Annual administration report of the Civil Veterinary Department of India - 1908-1909
Year: 1908
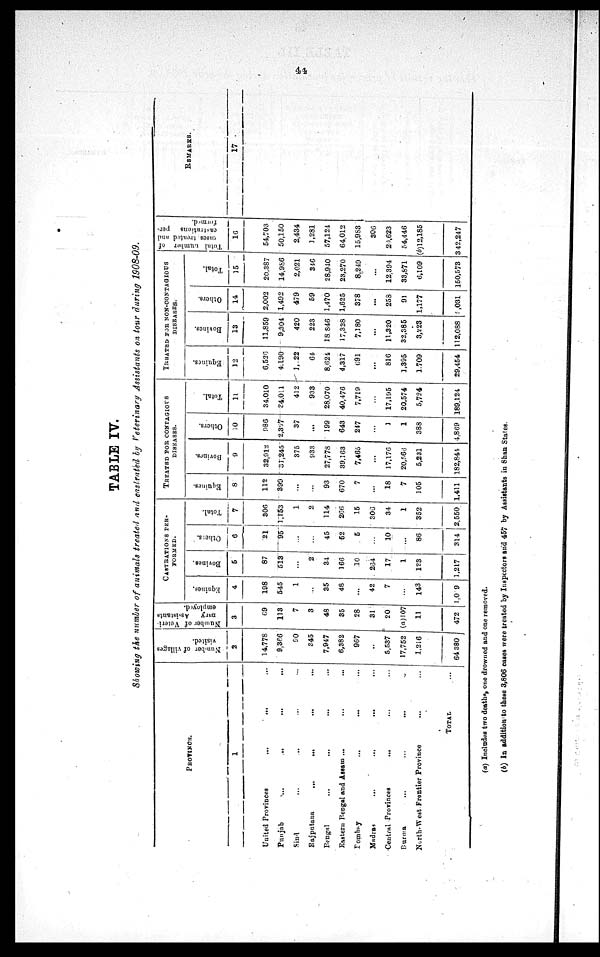
44
TABLE IV.
Showing the number of animals treated and castrated by Veterinary Assistants on tour during 1908-09.
PROVINCE.
1
United Provinces
...
...
...
Punjab
...
...
Sind ... ... ... ...
Rajputana
...
...
... ...
Bengal ... ... ... ...
Eastern Bengal and Assam ... ... ...
Bombay ... ... ... ...
Madras
...
...
...
...
Central Provinces
... ... ... ...
Burma ... ... ...
North-West Frontier Province ... ...
TOTAL ...
Number
of villages
visited.
2
14,778
9,366
90
345
7,947
6,382
967
..
5,537
17,752
1,216
64 880
Number of Veteri-
nary
Assistants
employed.
3
69
113
7
3
48
35
28
31
20
(a)107
11
472
CASTRATIONS PER-
FORMED.
Equines.
4
198
545
1
...
35
48
...
42
7
...
143
1,019
Bovines.
5
87
513
...
2
31
166
10
234
17
1
123
1,217
Others.
6
21
95
...
...
45
52
5
...
10
...
86
314
Total.
7
306
1,153
1
2
114
26
15
306
34
1
352
2,550
TREATED FOR CONTAGIOUS
DISEASES.
Equines.
8
112
399
...
...
93
670
7
...
18
7
105
1,411
Bovines.
9
32,912
37,245
375
933
27,778
39,163
7,465
...
17,176
20,566
5,231
182,844
Others.
10
986
2,367
37
...
199
643
247
...
1
1
388
4,869
Total.
11
34,010
34,011
412
933
28,070
40,476
7,719
...
17,195
20,574
5,724
189,124
TREATED FOR NON-CONTAGIOUS
DISEASES.
Equines.
12
6,526
4,190
1, 22
64
8,624
4,317
691
...
816
1,395
1,709
29,454
Bovines.
13
11,859
9,304
420
223
18,846
17,328
7,180
...
11,320
32,385
3,223
112,088
Others.
14
2,002
1,492
479
59
1,470
1,625
378
...
258
91
1,177
9,031
Total.
15
20,387
14,986
2,021
346
28,940
23,270
8,249
...
12,394
33,871
6,109
150,573
Total number of
cases
treated and
castrations
per-
formed.
16
54,703
50,150
2,434
1,281
57,121
64,012
15,983
306
24,623
54,446
(b)12,185
342,247
REMARKS.
17
(a) Includes two deaths, one drowned and one removed.
(b) In addition to these 3,806 cases were treated by Inspectors and 457 by Assistants in Shan States.